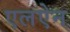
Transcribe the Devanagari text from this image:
एलऐन